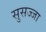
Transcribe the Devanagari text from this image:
सुसज्जा